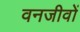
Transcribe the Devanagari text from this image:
वनजीवों